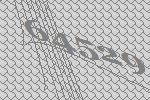
64529